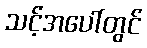
သင့်အပေါ်တွင်